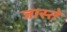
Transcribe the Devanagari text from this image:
जास्ते